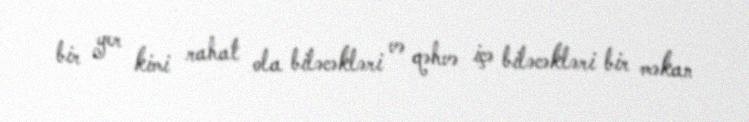
bir yer kimi rahat ola biləcəkləri və qəhvə içə biləcəkləri bir məkan